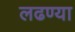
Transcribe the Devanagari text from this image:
लढण्या